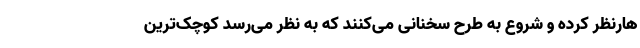
هارنظر کرده‌ و شروع به طرح سخنانی می‌‌کنند که به نظر می‌‌رسد کوچک‌ترین